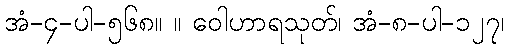
အံ-၄-ပါ-၅၆၈။ ။ ဝေါဟာရသုတ်၊ အံ-၈-ပါ-၁၂၇၊